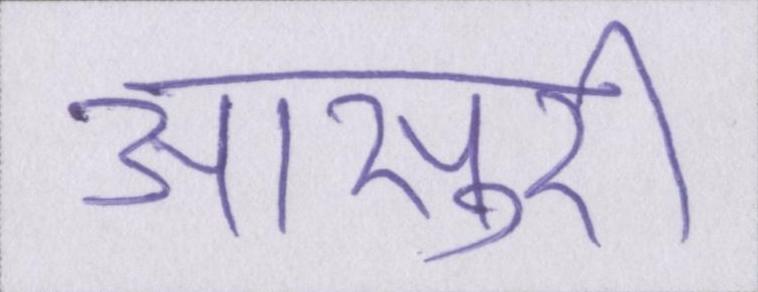
आसुरी